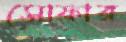
সোফার